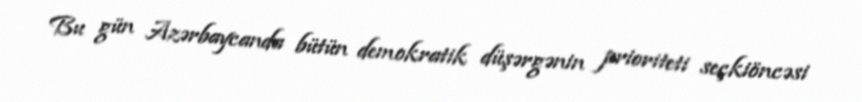
Bu gün Azərbaycanda bütün demokratik düşərgənin prioriteti seçkiöncəsi